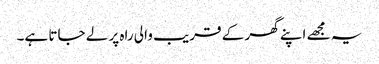
یہ مجھے اپنے گھر کے قریب والی راہ پر لے جاتا ہے۔